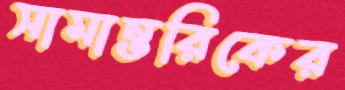
সামান্তরিকের